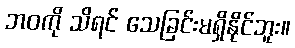
ဘဝကို သိရင် သေခြင်းမရှိနိုင်ဘူး။